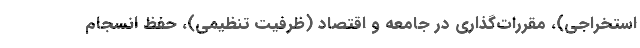
استخراجی)، مقررات‌گذاری در جامعه و اقتصاد (ظرفیت تنظیمی)، حفظ انسجام